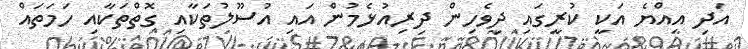
އަދި އިއްޔެ އަކީ ކުރީގައި ދިވެހިން ދިރިއުޅެމުން އައި އުސޫލުތަކާއި ގޮތްތަކާއި ހަމަތައް